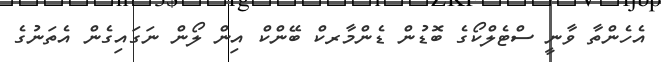
އެހެންތާ ވާނީ ސްޓެލްކޯގެ ބޮޑުން ޑެންމާރކް ބޭންކް އިން ލޯން ނަގައިގެން އެތަނުގެ